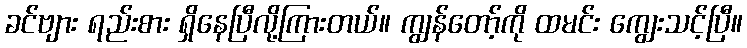
ခင်ဗျား ရည်းစား ရှိနေပြီလို့ကြားတယ်။ ကျွန်တော့်ကို ထမင်း ကျွေးသင့်ပြီ။